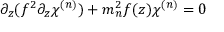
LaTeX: \partial _ { z } ( f ^ { 2 } \partial _ { z } \chi ^ { ( n ) } ) + m _ { n } ^ { 2 } f ( z ) \chi ^ { ( n ) } = 0